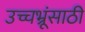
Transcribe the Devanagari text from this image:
उच्चभ्रूंसाठी